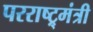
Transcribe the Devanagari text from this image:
परराष्ट्र्मंत्री